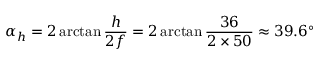
\alpha _ { h } = 2 \arctan { \frac { h } { 2 f } } = 2 \arctan { \frac { 3 6 } { 2 \times 5 0 } } \approx 3 9 . 6 ^ { \circ }